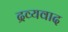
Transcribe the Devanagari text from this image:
द्रव्यवाद